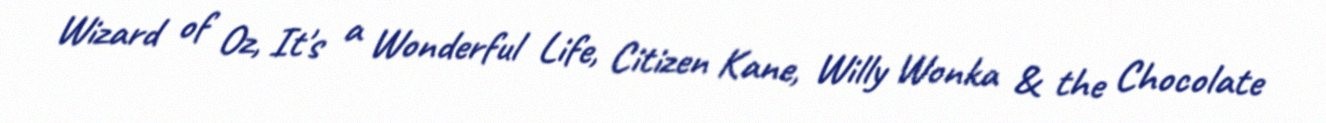
Wizard of Oz, It's a Wonderful Life, Citizen Kane, Willy Wonka & the Chocolate